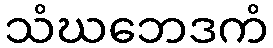
သံဃဘေဒကံ